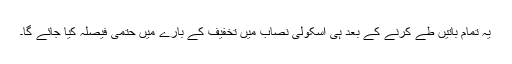
یہ تمام باتیں طے کرنے کے بعد ہی اسکولی نصاب میں تخفیف کے بارے میں حتمی فیصلہ کیا جائے گا۔